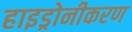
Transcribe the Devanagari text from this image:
हाइड्रोनीकरण